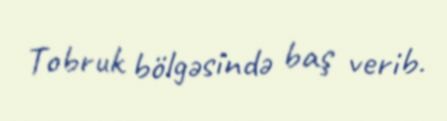
Tobruk bölgəsində baş verib.